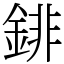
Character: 䤵